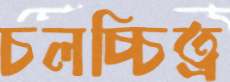
চলচ্চিত্র